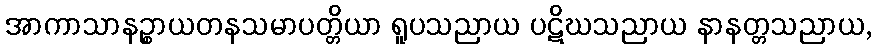
အာကာသာနဉ္စာယတနသမာပတ္တိယာ ရူပသညာယ ပဋိဃသညာယ နာနတ္တသညာယ,